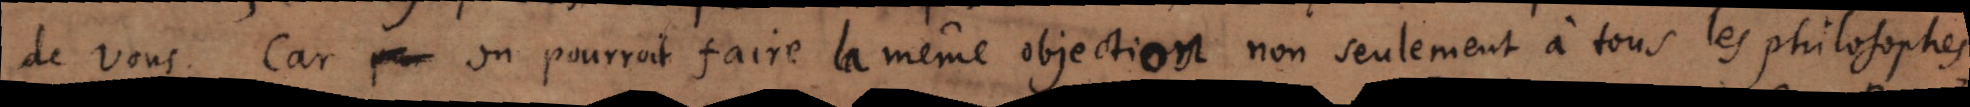
de vous. Car pour on pourroit faire la même objection non seulement à tous les philosophes,